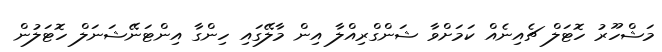
މަޝްހޫރު ހޮޓަލް ޗެއިނެއް ކަމަށްވާ ޝަންގްރިއްލާ އިން މާލޭގައި ހިންގާ އިންޓަނޭޝަނަލް ހޮޓަލުން